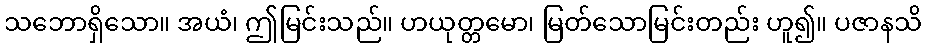
သဘောရှိသော။ အယံ၊ ဤမြင်းသည်။ ဟယုတ္တမော၊ မြတ်သောမြင်းတည်း ဟူ၍။ ပဇာနသိ